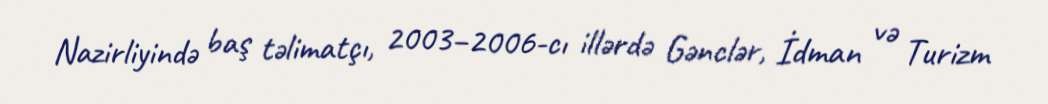
Nazirliyində baş təlimatçı, 2003–2006-cı illərdə Gənclər, İdman və Turizm